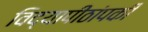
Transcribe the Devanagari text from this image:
विद्यापीठांपकी